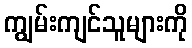
ကျွမ်းကျင်သူများကို